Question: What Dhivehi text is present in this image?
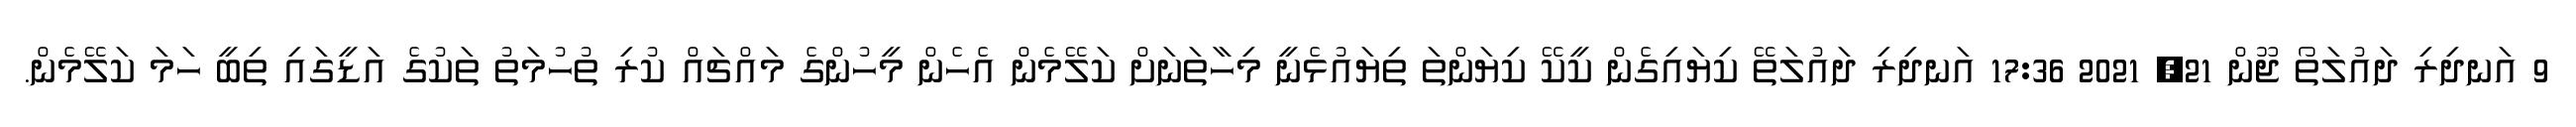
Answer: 9 އަނދިރި ދައުލަތޯ ޖޫން 21, 2021 17:36 އަނދިރި ދައުލަތޭ ކިޔައިގެން ކީކޭ ކިޔަންތަ ތިޔައުޅެނީ މިހާތަނަށް ކަލޭމެން އެހެން މީހުންގެ މައްޗައް ކުރި ތުހުމަތު ތަކުގެ އަޑީގައި ތިބީ ހަމަ ކަލޭމެން.